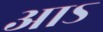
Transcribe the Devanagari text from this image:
आऽ